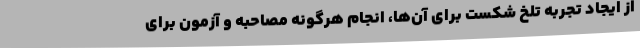
از ایجاد تجربه تلخ شکست برای آن‌ها، انجام هرگونه مصاحبه و آزمون برای